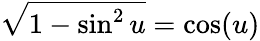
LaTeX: {\sqrt{1-\sin^{2}u}}=\cos(u)